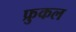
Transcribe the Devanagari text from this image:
फ्रुकल